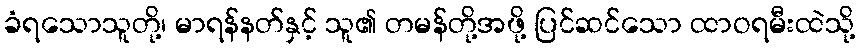
ခံရသောသူတို့၊ မာရန်နတ်နှင့် သူ၏ တမန်တို့အဖို့ ပြင်ဆင်သော ထာဝရမီးထဲသို့